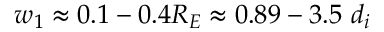
w _ { 1 } \approx 0 . 1 - 0 . 4 R _ { E } \approx 0 . 8 9 - 3 . 5 \ d _ { i }